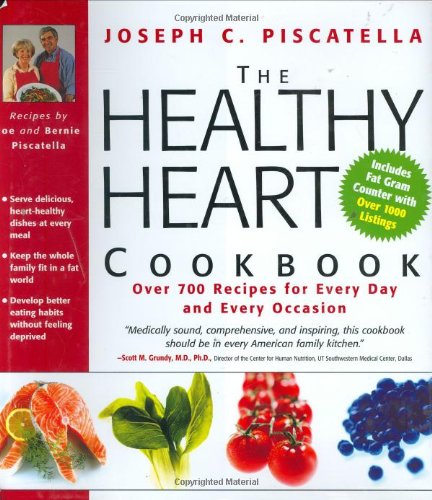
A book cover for Healthy Heart Cookbook: Over 700 Recipes for Every Day and Every Occasion; Joseph C. Piscatella; Cookbooks, Food & Wine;